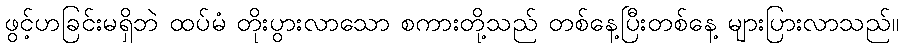
ဖွင့်ဟခြင်းမရှိဘဲ ထပ်မံ တိုးပွားလာသော စကားတို့သည် တစ်နေ့ပြီးတစ်နေ့ များပြားလာသည်။